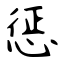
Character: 惩